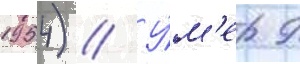
1954) // У́м'ер 9